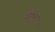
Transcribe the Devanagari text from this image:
गंगूच्या